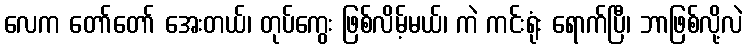
လေက တော်တော် အေးတယ်၊ တုပ်ကွေး ဖြစ်လိမ့်မယ်၊ ကဲ ကင်းရုံး ရောက်ပြီ၊ ဘာဖြစ်လို့လဲ